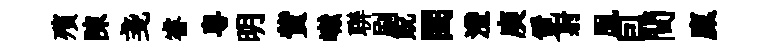
殯陳戔睿粵明貲𪩘聨刷貺閨灃庾覓射鳯囙間廩